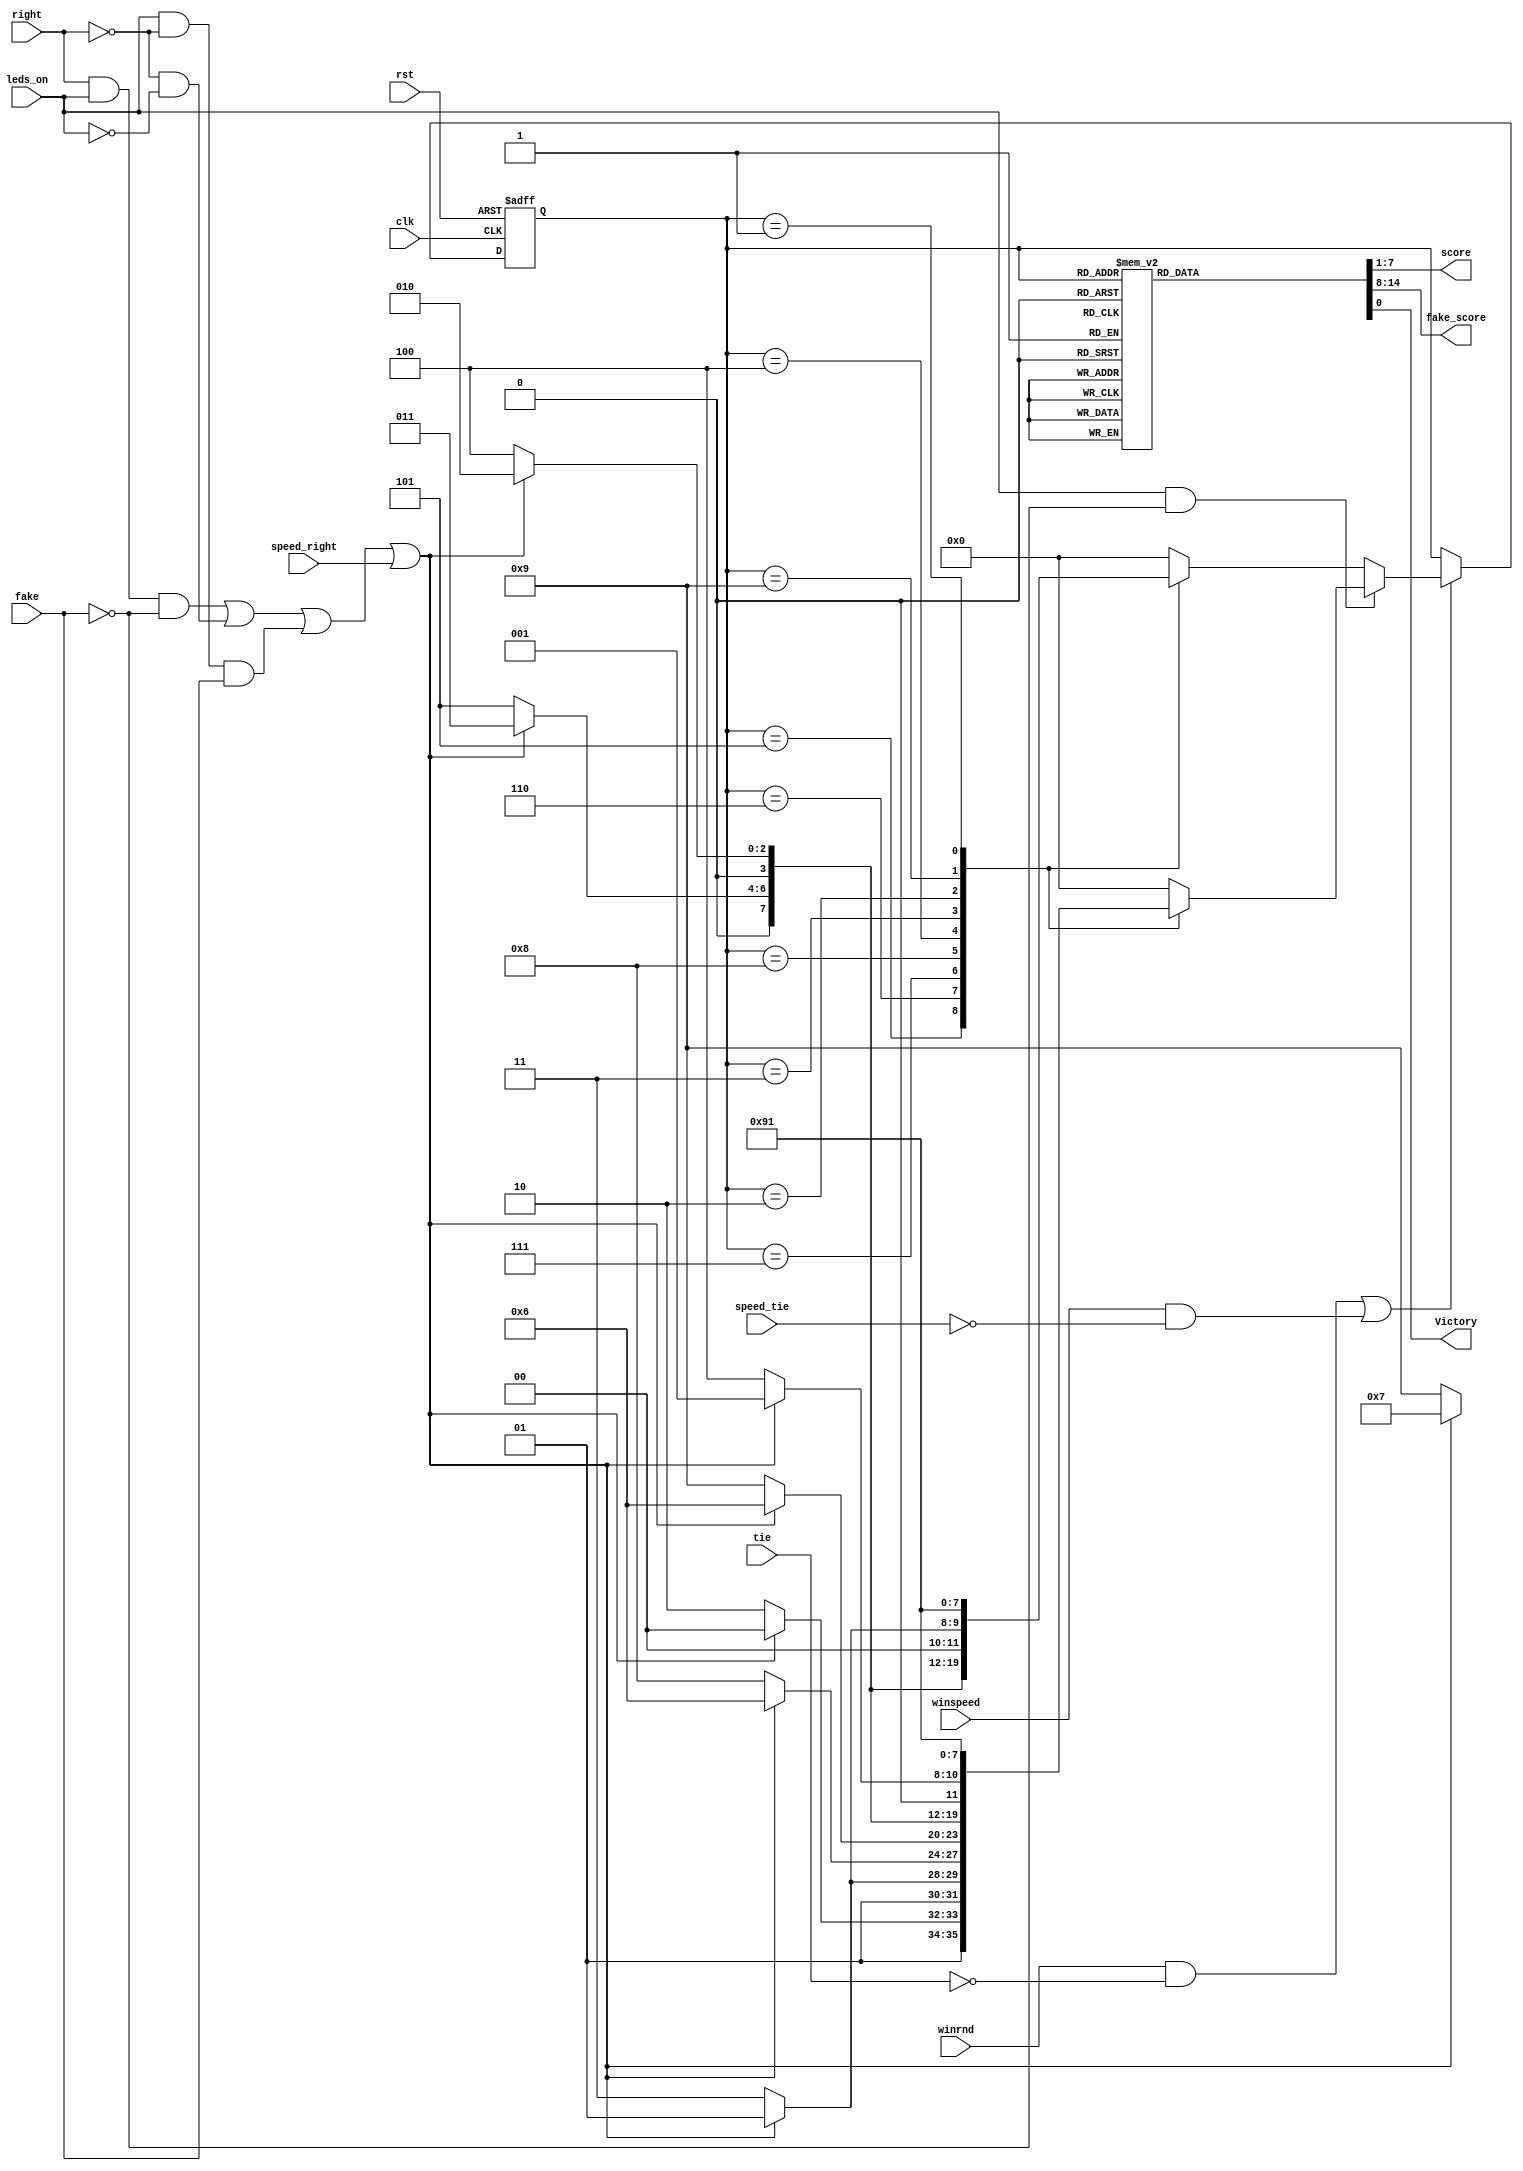
/*
	 Author: Gord Allan - gallan@doe.carleton.ca
*/

// =======================================================================================
// SCORER 
//	- resets to Neutral
//	- advances on winrnd
//	- determines who won the point based on leds_on and right control signals
//	- outputs the score as a 7 bit word (L3 L2 L1 N R1 R2 R3)
//  - a win shows up as either (1 1 1 0 0 0 0) if WL or (0 0 0 0 1 1 1) if WR
//----------------------------------------------------------------------------------------

module scorer(winrnd, right, leds_on, tie, clk, rst, fake, score, fake_score, speed_tie, speed_right, winspeed, Victory);
	`define WR  1
	`define R3  2
    `define R2  3
	`define R1  4
	`define N   5
	`define L1  6
	`define L2  7
	`define L3  8
	`define WL  9 
	`define ERROR_STATE  0

	input clk;		    // input clk 
	input rst;	// asynchronous reset
	input right;		// indicates who was pushed first 
	input leds_on;		// used to indicate whether the light's were on to determine a jump-the-light
	input tie;
	input winrnd;		// one-cycle pulse that someone has pushed
	input fake; //1 if fake play state, 0 if real
	input speed_tie;
	input speed_right;
	input winspeed;
	output [6:0] score;	//  MSB 5 [WL L2 L1 0 R1 R2 WR] LSB 0
   output [6:0] fake_score;	
	output Victory;
	reg [6:0] score;	
	reg [3:0] state;	// One of WL, WR, L1, L2, L3, R1, R2, R3 or ERROR
	reg [3:0] nxtstate;	// C/L
	reg [6:0] fake_score;
	reg Victory;
	
	// SYNCHRONOUS STATE ASSIGNMENT ---------------------------------------------
	always @(posedge clk or posedge rst)
   		if (rst) state <= `N;
   		else state <= nxtstate;
	
    // ========================================================================
    // 
    //  Next State logic:  Determine next-state of scorer based on current state and inputs
    //

    wire mr;            
	// move right if right pushed properly, or if left pushed improperly
	assign mr = (right & leds_on & ~fake) | (~right & ~leds_on) | (leds_on & ~right & fake)  |(speed_right); //MR if right wins or left loses by pushing too fast, or left pushes in fake state, or fake state

	always @(state or mr or leds_on or winrnd or tie or fake or winspeed or speed_tie) begin
		nxtstate = state;
		
	  if((winrnd & ~tie)|(winspeed & ~speed_tie)) begin //Done: missing tie code ?????
		if(leds_on & ~fake) //Done:missing fake play code ?????        
			// Proper pushes (uses favour the loser options)
				//if in real state
			case(state)
			`N:	if(mr) nxtstate = `R1; else nxtstate=`L1;	
			`L1:  if(mr) nxtstate = `N;  else nxtstate=`L2;
			`L2:	if(mr) nxtstate = `L1; else nxtstate=`L3;
			`L3:	if(mr) nxtstate = `L1; else nxtstate=`WL;
			`R1:	if(mr) nxtstate = `R2; else nxtstate=`N;
			`R2:	if(mr) nxtstate = `R3; else nxtstate = `R1;
			`R3:	if(mr) nxtstate = `WR; else nxtstate=`R1; 
			`WL:	nxtstate = `WL;
			`WR:	nxtstate = `WR;
			default: nxtstate = `ERROR_STATE;
			endcase
		else	            // the leds were off, player jumped the light, OR in fake state
			case(state)
			`N:	if(mr) nxtstate = `R1; else nxtstate=`L1;	
			`L1:  if(mr) nxtstate = `N;  else nxtstate=`L2;
			`L2:	if(mr) nxtstate = `L1; else nxtstate=`L3;
			`L3:	if(mr) nxtstate = `L2; else nxtstate=`WL;
			`R1:	if(mr) nxtstate = `R2; else nxtstate=`N;
			`R2:	if(mr) nxtstate = `R3; else nxtstate = `R1;
			`R3:	if(mr) nxtstate = `WR; else nxtstate=`R2; 
			`WL:	nxtstate = `WL;
			`WR:	nxtstate = `WR;
			default: nxtstate = `ERROR_STATE;
			endcase
	  end
  end


	
	
    // output logic - what value of 'score' should show based on the internal state
	always @(state)	
	begin
	Victory=0; //assign isVictory=0 to avoid generate latch
		case(state)
		`N:	begin score = 7'b0001000; fake_score = 7'b0001001; end
		`L1:	begin score = 7'b0010000; fake_score = 7'b0010010; end
		`L2:	begin score = 7'b0100000; fake_score = 7'b0100001; end
		`L3:	begin score = 7'b1000000; fake_score = 7'b1001000; end
		`R1:	begin score = 7'b0000100; fake_score = 7'b0100010; end
		`R2:	begin score = 7'b0000010; fake_score = 7'b0001010; end
		`R3:	begin score = 7'b0000001; fake_score = 7'b0101000; end
		`WL:	begin score = 7'b1110000; fake_score = 7'b0010001; Victory=1; end
		`WR:	begin score = 7'b0000111; fake_score = 7'b1000001; Victory=1; end
		default: begin score = 7'b1010101; fake_score = 7'b0001001; end 
		endcase
	end
	
endmodule